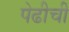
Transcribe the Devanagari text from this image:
पेढीची